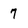
Character: 7